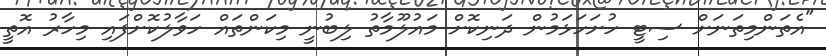
"އެތަންމިތަނަށް ސިޓީ ހުށަހަޅަމުން ދަނިކޮށް މައުލޫމާތު ލިބުނީ މިކަންތައް ހަވާލުކޮށްފައި މިހާރު އޮތީ